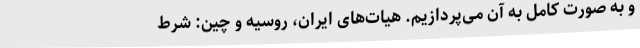
و به صورت کامل به آن می‌پردازیم. هیات‌های ایران، روسیه و چین: شرط